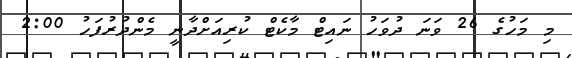
މި މަހުގެ 26 ވަނަ ދުވަހު ނައިޓް މާކެޓް ކުރިއަށްދާނީ މެންދުރުފަހު 2:00